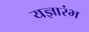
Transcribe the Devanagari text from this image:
यज्ञारंभ